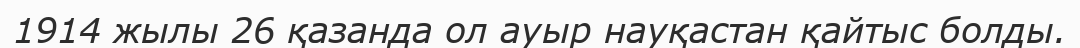
1914 жылы 26 қазанда ол ауыр науқастан қайтыс болды.